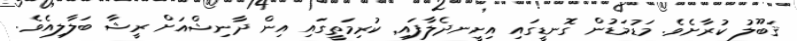
ޤަބޫލު ކުރާށެވެ. މަޑުމަޑުން ގޮނޑީގައި އިށީނދެލާފައި